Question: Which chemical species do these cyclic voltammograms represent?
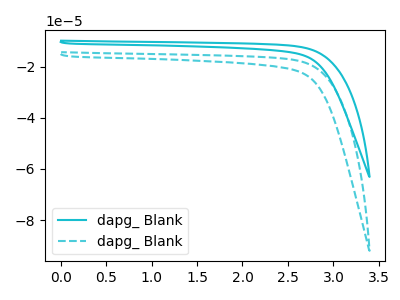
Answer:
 <answer>The cyan curve is labeled "dapg_ Blank1". The cyan dashed curve is labeled "dapg_ Blank2".</answer>
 <eval></eval>